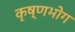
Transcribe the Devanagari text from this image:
कृष्णभोग